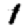
Digit: 1